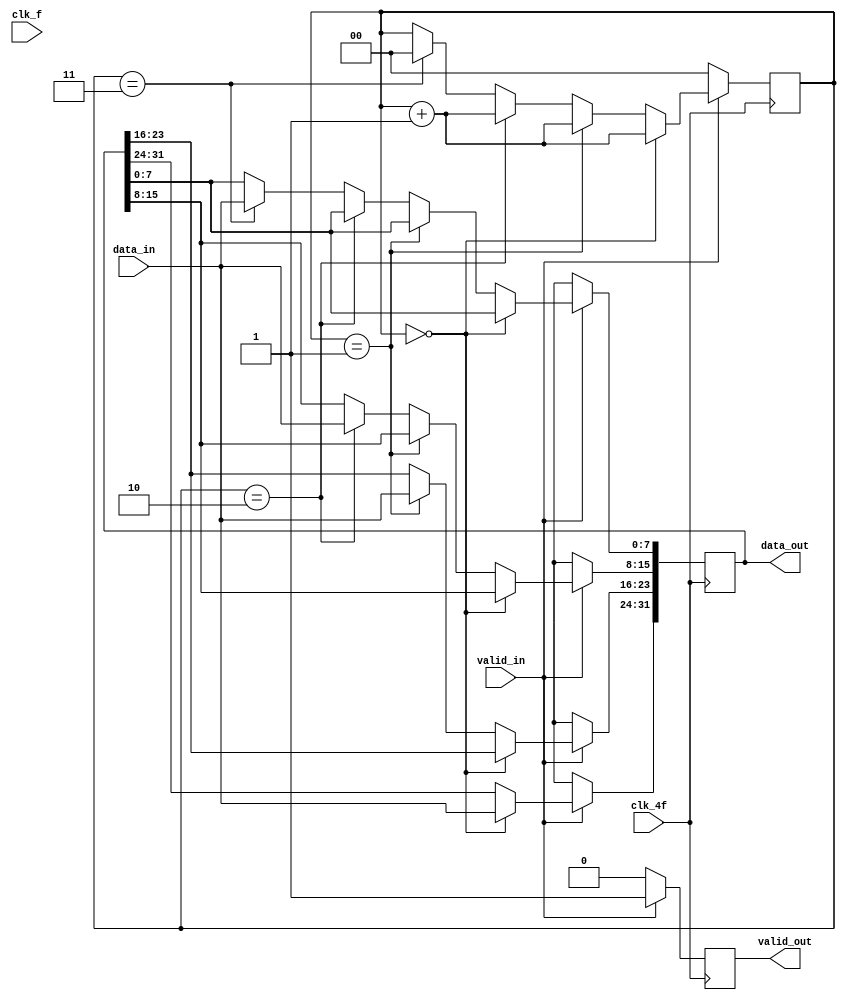
module ochoBit_32Bit ( input wire clk_4f,
                input wire clk_f,
                input wire [7:0] data_in,
                input wire valid_in,
                output reg valid_out,
                output reg [31:0] data_out   
);

reg [1:0]contador;  // contador para mantener 'track' de datos a transmitir

//initial begin
  //  contador = 0;  // Inicializar contador
//end

always @(posedge clk_4f)begin  

    if (valid_in == 1)begin  // si valid_in vale 1, se pasan los datos
      valid_out <= valid_in;  
      
     if(contador == 0)begin
        data_out[31:24] <= data_in [7:0];  // pasar data in de 8b a los 8b MSB de data_out
        contador = contador + 1; 
     end

     else if (contador == 1)begin
         data_out[23:16] <= data_in [7:0];  // pasar siguiente data in a siguientes 8b de data_out
         contador = contador + 1; 
     end

     else if (contador == 2)begin
         data_out[15:8] <= data_in [7:0];  // pasar siguiente data in a siguientes 8b de data_out
         contador = contador + 1; 
     end

     else if (contador == 3)begin
         data_out[7:0] <= data_in [7:0];  // pasar siguiente data in a siguientes 8b de data_out
         contador = 0;  // contador en 0 para pasar los datos al siguiente data_out
     end
    end
    else if(valid_in == 0)begin  // si valid_in est en 0 no se pasan datos a data_out
        valid_out <= valid_in;
        data_out <= 32'bXXXXXXXX;
        contador = 0;  // se resetea contador
    end
end
    
endmodule